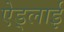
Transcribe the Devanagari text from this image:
ऐड्लाई